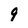
Character: 9